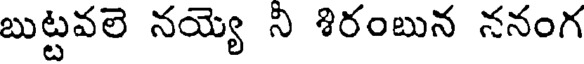
బుట్టవలె నయ్యె ని శిరంబున ననంగ